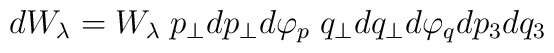
dW_{\lambda}=W_{\lambda}\;p_{\perp}dp_{\perp} d\varphi_p\;q_{\perp}dq_{\perp}d\varphi_q dp_3 dq_3